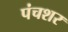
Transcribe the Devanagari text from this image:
पंचशर